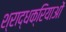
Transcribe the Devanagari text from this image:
श्राद्धक्रियाओं